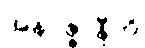
အနဝဇ္ဇာနီတိ